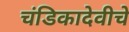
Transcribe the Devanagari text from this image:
चंडिकादेवीचे